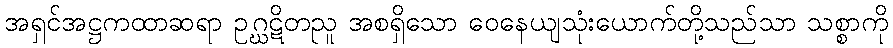
အရှင်အဋ္ဌကထာဆရာ ဥဂ္ဃဋိတညူ အစရှိသော ဝေနေယျသုံးယောက်တို့သည်သာ သစ္စာကို